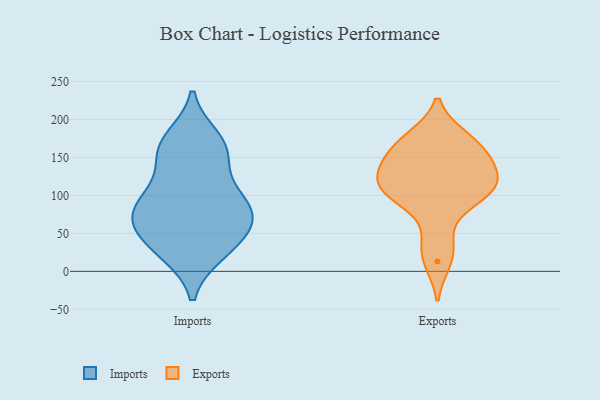
{"axis": {"x": "Headcount", "y": "Value"}, "legend": ["Exports", "Imports"], "data": [{"x": "", "y": 58, "type": "Imports"}, {"x": "", "y": 83, "type": "Imports"}, {"x": "", "y": 163, "type": "Imports"}, {"x": "", "y": 158, "type": "Imports"}, {"x": "", "y": 25, "type": "Imports"}, {"x": "", "y": 77, "type": "Imports"}, {"x": "", "y": 25, "type": "Imports"}, {"x": "", "y": 39, "type": "Imports"}, {"x": "", "y": 57, "type": "Imports"}, {"x": "", "y": 95, "type": "Imports"}, {"x": "", "y": 159, "type": "Imports"}, {"x": "", "y": 90, "type": "Imports"}, {"x": "", "y": 72, "type": "Imports"}, {"x": "", "y": 117, "type": "Imports"}, {"x": "", "y": 174, "type": "Imports"}, {"x": "", "y": 39, "type": "Exports"}, {"x": "", "y": 13, "type": "Exports"}, {"x": "", "y": 94, "type": "Exports"}, {"x": "", "y": 174, "type": "Exports"}, {"x": "", "y": 159, "type": "Exports"}, {"x": "", "y": 121, "type": "Exports"}, {"x": "", "y": 147, "type": "Exports"}, {"x": "", "y": 112, "type": "Exports"}, {"x": "", "y": 109, "type": "Exports"}, {"x": "", "y": 176, "type": "Exports"}, {"x": "", "y": 123, "type": "Exports"}, {"x": "", "y": 143, "type": "Exports"}, {"x": "", "y": 96, "type": "Exports"}]}